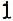
1